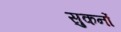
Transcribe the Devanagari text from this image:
सुकर्नो